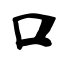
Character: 口